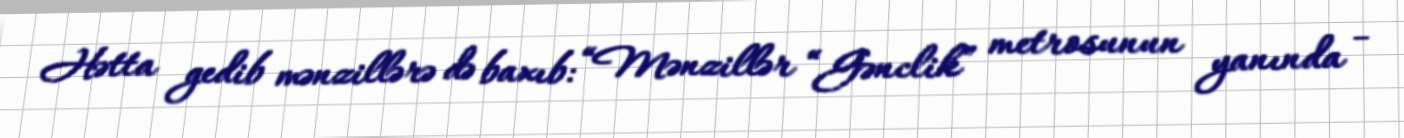
Hətta gedib mənzillərə də baxıb: “Mənzillər “Gənclik” metrosunun yanında -